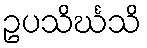
ဥပသိင်္ဃသိ